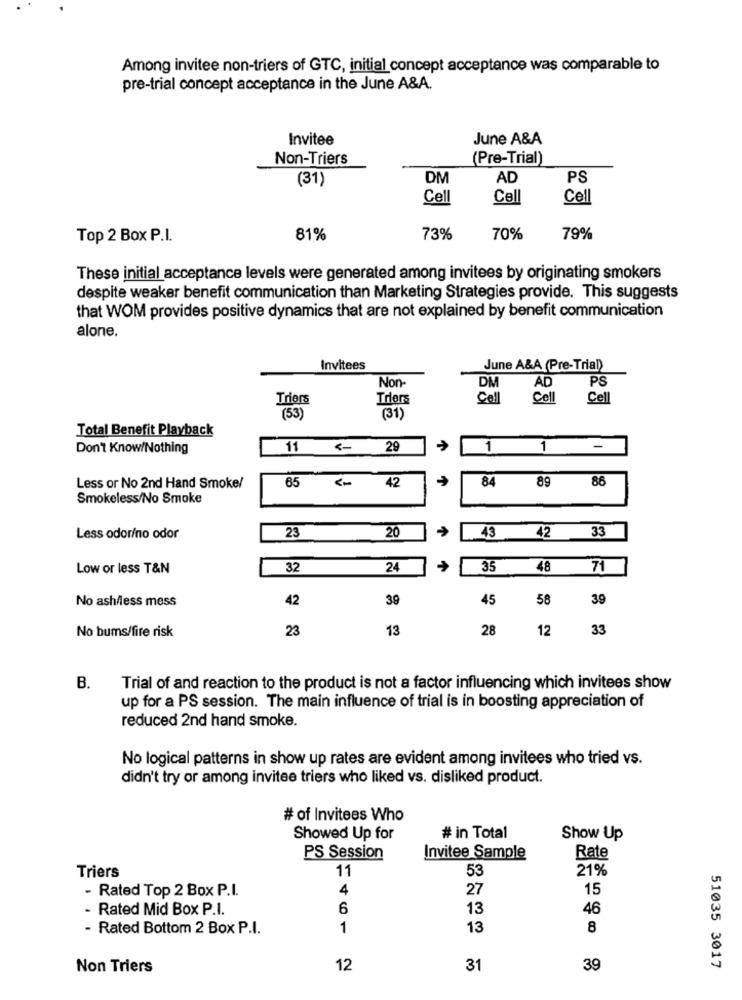
Among invitee non-triers of GTC, initial concept acceptance was comparable to
pre-trial concept acceptance in the June A&A.
Invitee
June A&A
Non-Triers
(Pre-Trial)
(31)
DM
AD
PS
Cell
Cell
Cell
Top 2 Box P.I.
81%
73%
70%
79%
These initial acceptance levels were generated among invitees by originating smokers
despite weaker benefit communication than Marketing Strategies provide. This suggests
that WOM provides positive dynamics that are not explained by benefit communication
alone.
Invitees
June A&A (Pre-Trial)
DM
AD
PS
Non-
Triers
Triers
Cell
Cell
Cell
(53)
(31)
Total Benefit Playback
Don't Know/Nothing
11
29
1
1
65
84
Less or No 2nd Hand Smoke/
42
89 86
Smokeless/No Smoke
23
20
33
Less odor/no odor
43
42
Low or less T&N
32
24
35
48
71
No ash/less mess
42
39
45
58
39
No bums/fire risk
23
13
28
12
33
B.
Trial of and reaction to the product is not a factor influencing which invitees show
up for a PS session. The main influence of trial is in boosting appreciation of
reduced 2nd hand smoke.
No logical patterns in show up rates are evident among invitees who tried vs.
didn't try or among invitee triers who liked vs. disliked product.
# of Invitees Who
Showed Up for
# in Total
Show Up
PS Session
Invitee Sample
Rate
53
21%
Triers
11
4
27
15
- Rated Top 2 Box P.I.
- Rated Mid Box P.I.
6
13
46
- Rated Bottom 2 Box P.I.
1
13
8
Non Triers
12
31
39
51035 3017